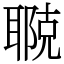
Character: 鿣